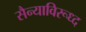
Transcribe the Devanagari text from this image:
सैन्याविरूध्द